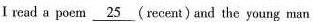
I read a poeni \underline {25}(recent)and the young man